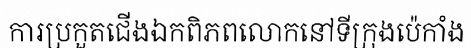
ការប្រកួតជើងឯកពិភពលោកនៅទីក្រុងប៉េកាំង